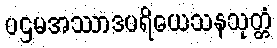
ပဌမအဿာဒပရိယေသနသုတ္တံ